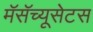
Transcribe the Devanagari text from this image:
मॅसॅच्यूसेटस